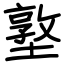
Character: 墪